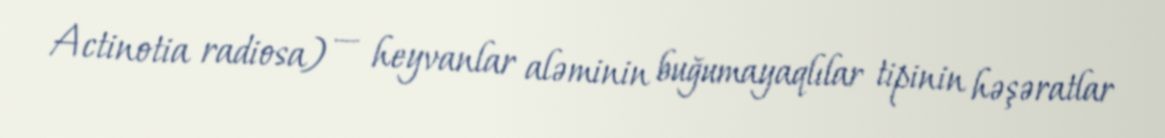
Actinotia radiosa) — heyvanlar aləminin buğumayaqlılar tipinin həşəratlar